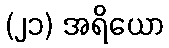
(၂၁) အရိယော